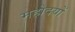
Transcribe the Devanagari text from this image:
महोदयों